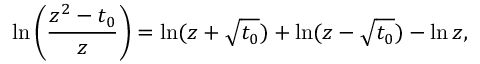
\ln \left( \frac { z ^ { 2 } - t _ { 0 } } { z } \right) = \ln ( z + \sqrt { t _ { 0 } } ) + \ln ( z - \sqrt { t _ { 0 } } ) - \ln z ,